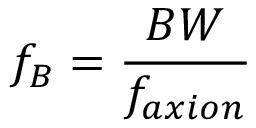
f _ { B } = \frac { B W } { f _ { a x i o n } }